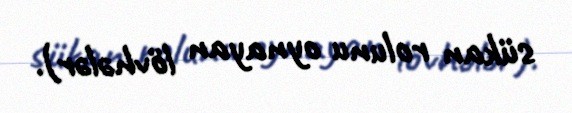
sükan rolunu oynayan lövhələr).